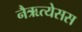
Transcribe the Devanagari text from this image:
नैऋत्येसस